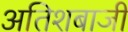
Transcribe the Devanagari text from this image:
अतिशबाजी